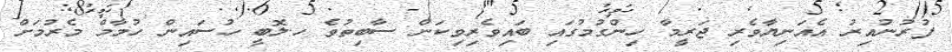
ފުރުނުއިރު އެއަނިޔާވެރި ޖަރީމާ ހިންގުމުގައި ބައިވެރިވިކަން ސާބިތުވެ ހ.ލޮބީ ހުސައިން ހުމާމް މެރުމަށް